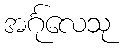
အင်္ဂုလေသု